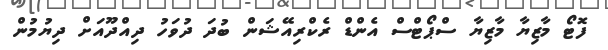
ފޮޓޯ މާޒިޔާ މާޒިޔާ ސްޕޯޓްސް އެންޑް ރެކްރިއޭޝަން ބުދަ ދުވަހު ދިއްދޫއަށް ދިޔުމުން